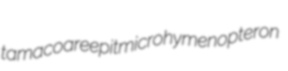
tamacoare epit microhymenopteron